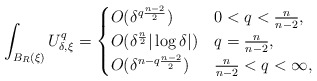
\begin{align*}\int_{B_R(\xi)} U_{\delta,\xi}^q=\begin{cases}O(\delta^{q\frac{n-2}{2}}) & 0<q<\frac{n}{n-2},\\O(\delta^\frac{n}{2}|\log \delta|) & q=\frac{n}{n-2},\\O(\delta^{n-q\frac{n-2}{2}}) & \frac{n}{n-2}<q<\infty,\\\end{cases}\end{align*}